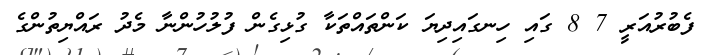
ފެބުރުއަރީ 7 8 ގައި ހިނގައިދިޔަ ކަންތައްތަކާ ގުޅިގެން ފުލުހުންނާ މެދު ރައްޔިތުންގެ